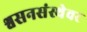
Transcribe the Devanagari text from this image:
श्वसनसंस्थेवर